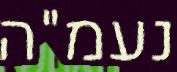
נעמ"ה